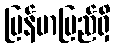
မြန်မာပြည်ရှိ